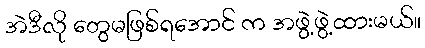
အဲဒီလို တွေမဖြစ်ရအောင် က အဖွဲ့ဖွဲ့ထားမယ်။